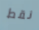
نقط